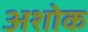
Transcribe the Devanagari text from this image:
अशोक